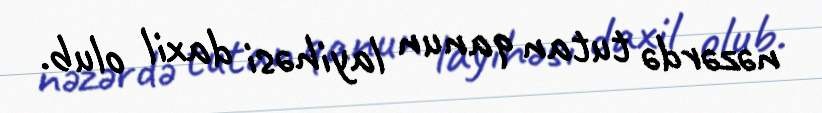
nəzərdə tutan qanun layihəsi daxil olub.